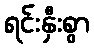
ရင်းနှီးစွာ